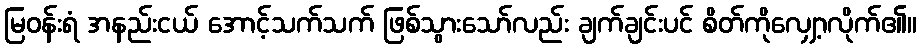
မြဝန်းရံ အနည်းငယ် အောင့်သက်သက် ဖြစ်သွားသော်လည်း ချက်ချင်းပင် စိတ်ကိုလျှော့လိုက်၏။